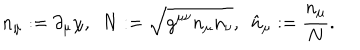
n _ { \mu } : = \partial _ { \mu } \chi , \ \ N : = \sqrt { g ^ { \mu \nu } n _ { \mu } n _ { \nu } } , \ \ \hat { n } _ { \mu } : = \frac { n _ { \mu } } { N } .